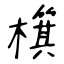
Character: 檱